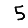
Digit: 5